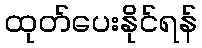
ထုတ်ပေးနိုင်ရန်